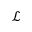
\mathcal { L }